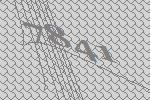
7841